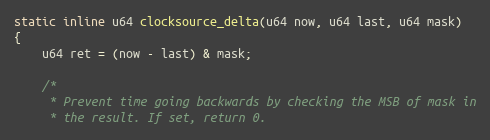
Language: C
static inline u64 clocksource_delta(u64 now, u64 last, u64 mask)
{
	u64 ret = (now - last) & mask;

	/*
	 * Prevent time going backwards by checking the MSB of mask in
	 * the result. If set, return 0.